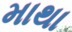
માથા